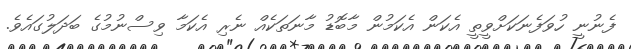
ފެނުނީ ހުވަފެނަކަށްވީތީ އެކަން އެކަމުން މާބޮޑު މާނަތަކެއް ނެރި އެކަމާ ވިސްނުމުގެ ބަދަލުގައެވެ.